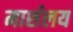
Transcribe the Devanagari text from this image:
मार्शलय